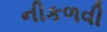
નીકળવી